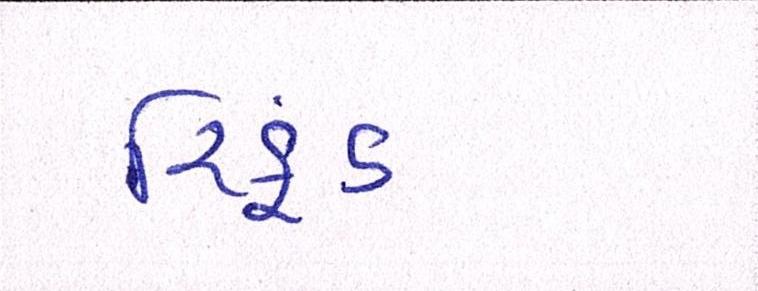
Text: રિફડં